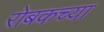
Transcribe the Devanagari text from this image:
रोबकच्या